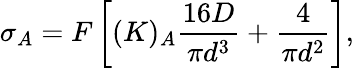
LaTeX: \sigma_{A}=F\left[(K)_{A}\frac{16D}{\pi d^{3}}+\frac{4}{\pi d^{2}}\right],